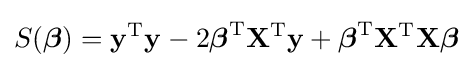
S({\boldsymbol {\beta }})=\mathbf {y} ^{\rm {T}}\mathbf {y} -2{\boldsymbol {\beta }}^{\rm {T}}\mathbf {X} ^{\rm {T}}\mathbf {y} +{\boldsymbol {\beta }}^{\rm {T}}\mathbf {X} ^{\rm {T}}\mathbf {X} {\boldsymbol {\beta }}